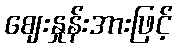
ဈေးနှုန်းအားဖြင့်